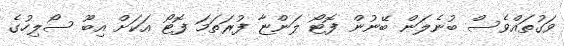
ވަގުތައްވެސް ބުނެލަން ބޭނުން ފޮޓޯ ލަންޏާ ފުރަތަމަ ފޮޓޯ އަކަށް އިބޫ ސޯލިހުގެ